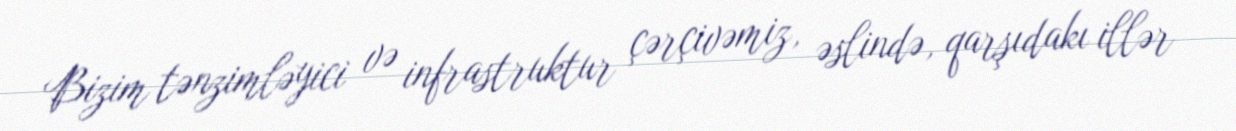
Bizim tənzimləyici və infrastruktur çərçivəmiz, əslində, qarşıdakı illər